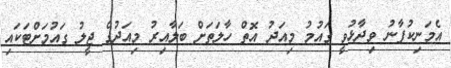
އެމަނިކުފާނު ވިދާޅުވީ ގައުމު މިއަދު އޮތް ހާލަތަށް ބަލާއިރު މިއަދުގެ ޖީލު ގައުމަށްޓަކައި